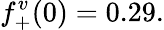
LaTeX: f_{+}^{v}(0)=0.29.